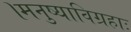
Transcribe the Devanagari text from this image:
।मनुष्याविग्रहाः